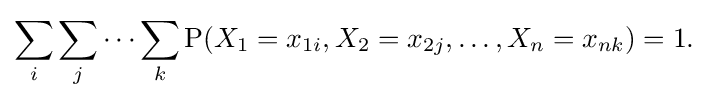
\sum _{i}\sum _{j}\dots \sum _{k}\mathrm {P} (X_{1}=x_{1i},X_{2}=x_{2j},\dots ,X_{n}=x_{nk})=1.\;